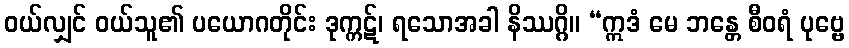
ဝယ်လျှင် ဝယ်သူ၏ ပယောဂတိုင်း ဒုက္ကဋ်၊ ရသောအခါ နိဿဂ္ဂိ။ “ဣဒံ မေ ဘန္တေ စီဝရံ ပုဗ္ဗေ